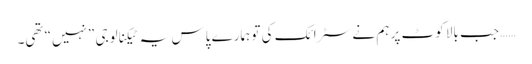
…… جب بالا کوٹ پر ہم نے سٹرائک کی تو ہمارے پاس یہ ٹیکنالوجی ”نہیں“ تھی۔